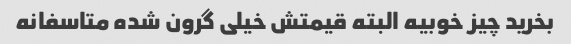
بخرید چیز خوبیه البته قیمتش خیلی گرون شده متاسفانه